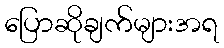
ပြောဆိုချက်များအရ